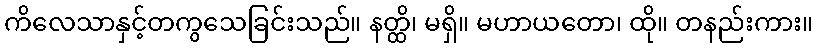
ကိလေသာနှင့်တကွသေခြင်းသည်။ နတ္ထိ၊ မရှိ။ မဟာယတော၊ ထို။ တနည်းကား။